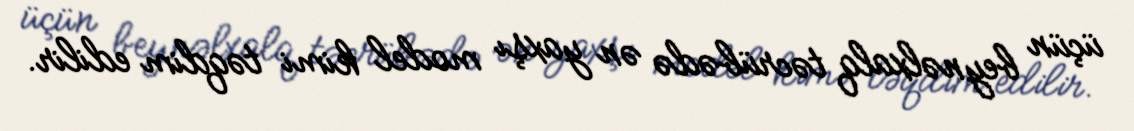
üçün beynəlxalq təcrübədə ən yaxşı model kimi təqdim edilir.